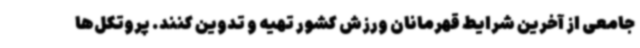
جامعی از آخرین شرایط قهرمانان ورزش کشور تهیه و تدوین کنند. پروتکل‌ها